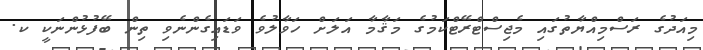
މިއަދުގެ ރަސްމިއްޔާތުގައި މެޖިސްޓްރޭޓްކަމުގެ މަޤާމާ އަލަށް ހަވާލުވެ ވަޑައިގެންނެވި ތިން ބޭފުޅުންނަކީ ކ.